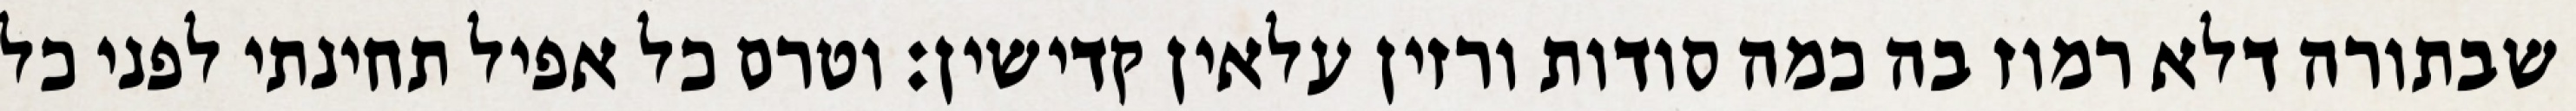
שבתורה דלא רמוז בה כמה סודות ורזין עלאין קדישין: וטרם כל אפיל תחינתי לפני כל